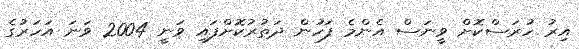
އިރު ހުރަސްކޮށް ވީނަސް އެންމެ ފަހުން ދަތުރުކޮށްފައި ވަނީ 2004 ވަނަ އަހަރުގެ